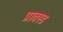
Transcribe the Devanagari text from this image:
प्राक्स्ड